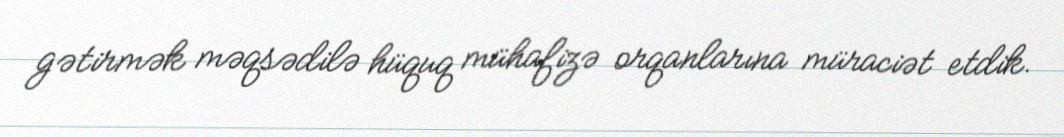
gətirmək məqsədilə hüquq mühafizə orqanlarına müraciət etdik.